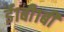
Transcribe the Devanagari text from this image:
ई१बी१बी